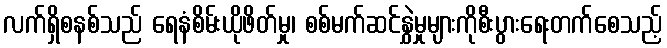
လက်ရှိစနစ်သည် ရေနံစိမ်းယိုဖိတ်မှု၊ စစ်မက်ဆင်နွှဲမှုများကိုစီးပွားရေးတက်စေသည့်